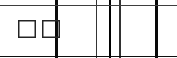
٢٩